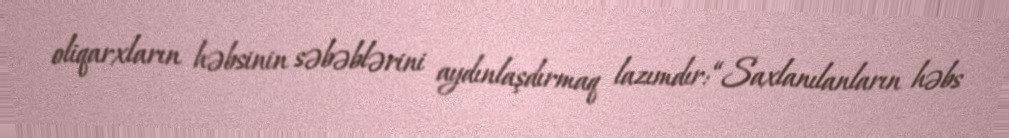
oliqarxların həbsinin səbəblərini aydınlaşdırmaq lazımdır: “Saxlanılanların həbs